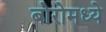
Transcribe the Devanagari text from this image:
बोरोमध्ये